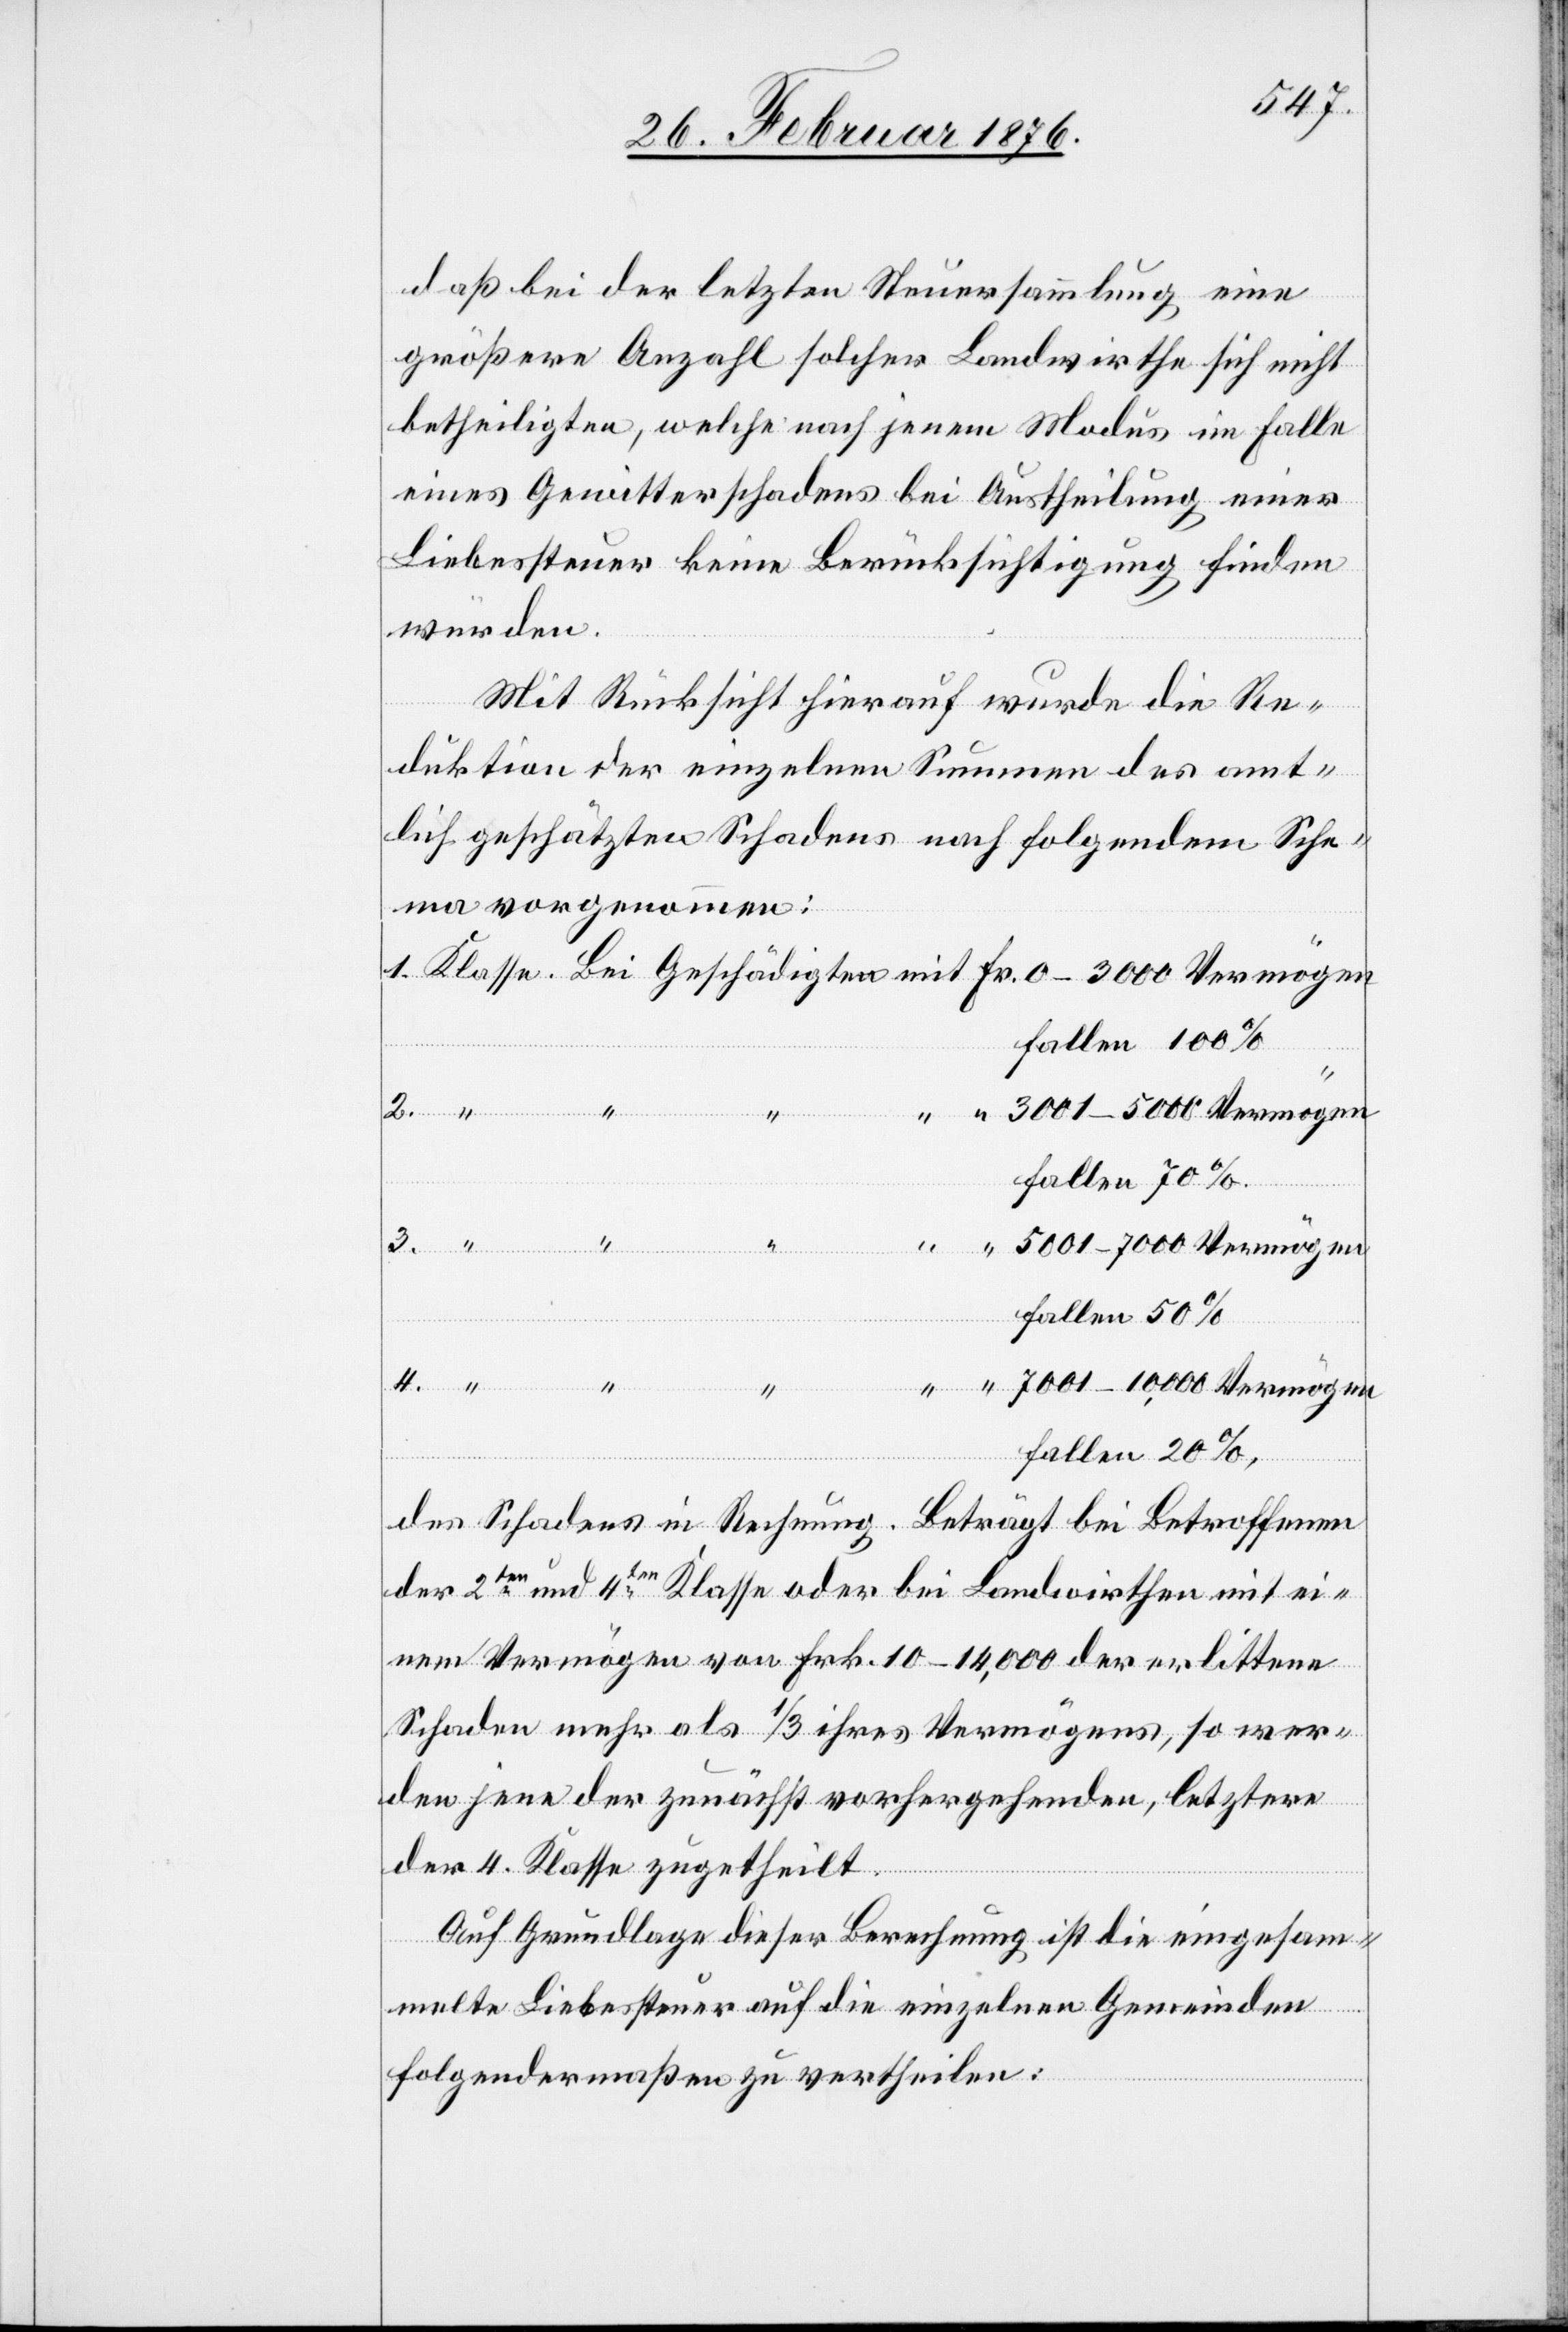
daß bei der letzten Steuersammlung eine
größere Anzahl solcher Landwirthe sich nicht
betheiligten, welche nach jenem Modus im Falle
eines Gewitterschadens bei Austheilung einer
Liebessteuer keine Berücksichtigung finden
würden.
Mit Rücksicht hierauf wurde die Re¬
duktion der einzelnen Summen des amt¬
lich geschätzten Schadens nach folgendem Sche¬
ma vorgenommen:
fallen 100 %
4.
3.
Vermögen
fallen 70 %
fallen 50
fallen 20 %
Geschädigten
des Schadens in Rechnung. Beträgt bei Betroffenen
der 2ten und 4ten Klasse oder bei Landwirthen mit ei¬
nem Vermögen von Frk. 10–14,000 der erlittene
Schaden mehr als 1/3 ihres Vermögens, so wer¬
den jene der zunächst vorhergehenden, letztere
der 4. Klasse zugetheilt.
Auf Grundlage dieser Berechnung ist die eingesam¬
melte Liebessteuer auf die einzelnen Gemeinden
folgendermaßen zu vertheilen: